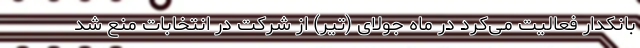
بانکدار فعالیت می‌کرد در ماه جولای (تیر) از شرکت در انتخابات منع شد